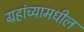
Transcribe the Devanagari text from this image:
ग्रहांच्यामधील